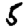
Digit: 5